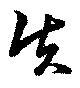
矢